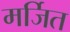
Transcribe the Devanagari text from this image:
मर्जित